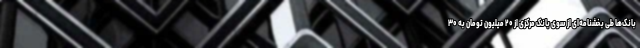
بانک‌ها طی بخشنامه‌ای از سوی بانک مرکزی از ۲۰ میلیون تومان به ۳۰